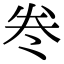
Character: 𭑊